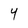
Character: Y